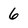
Character: 6